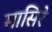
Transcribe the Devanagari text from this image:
मासिरे